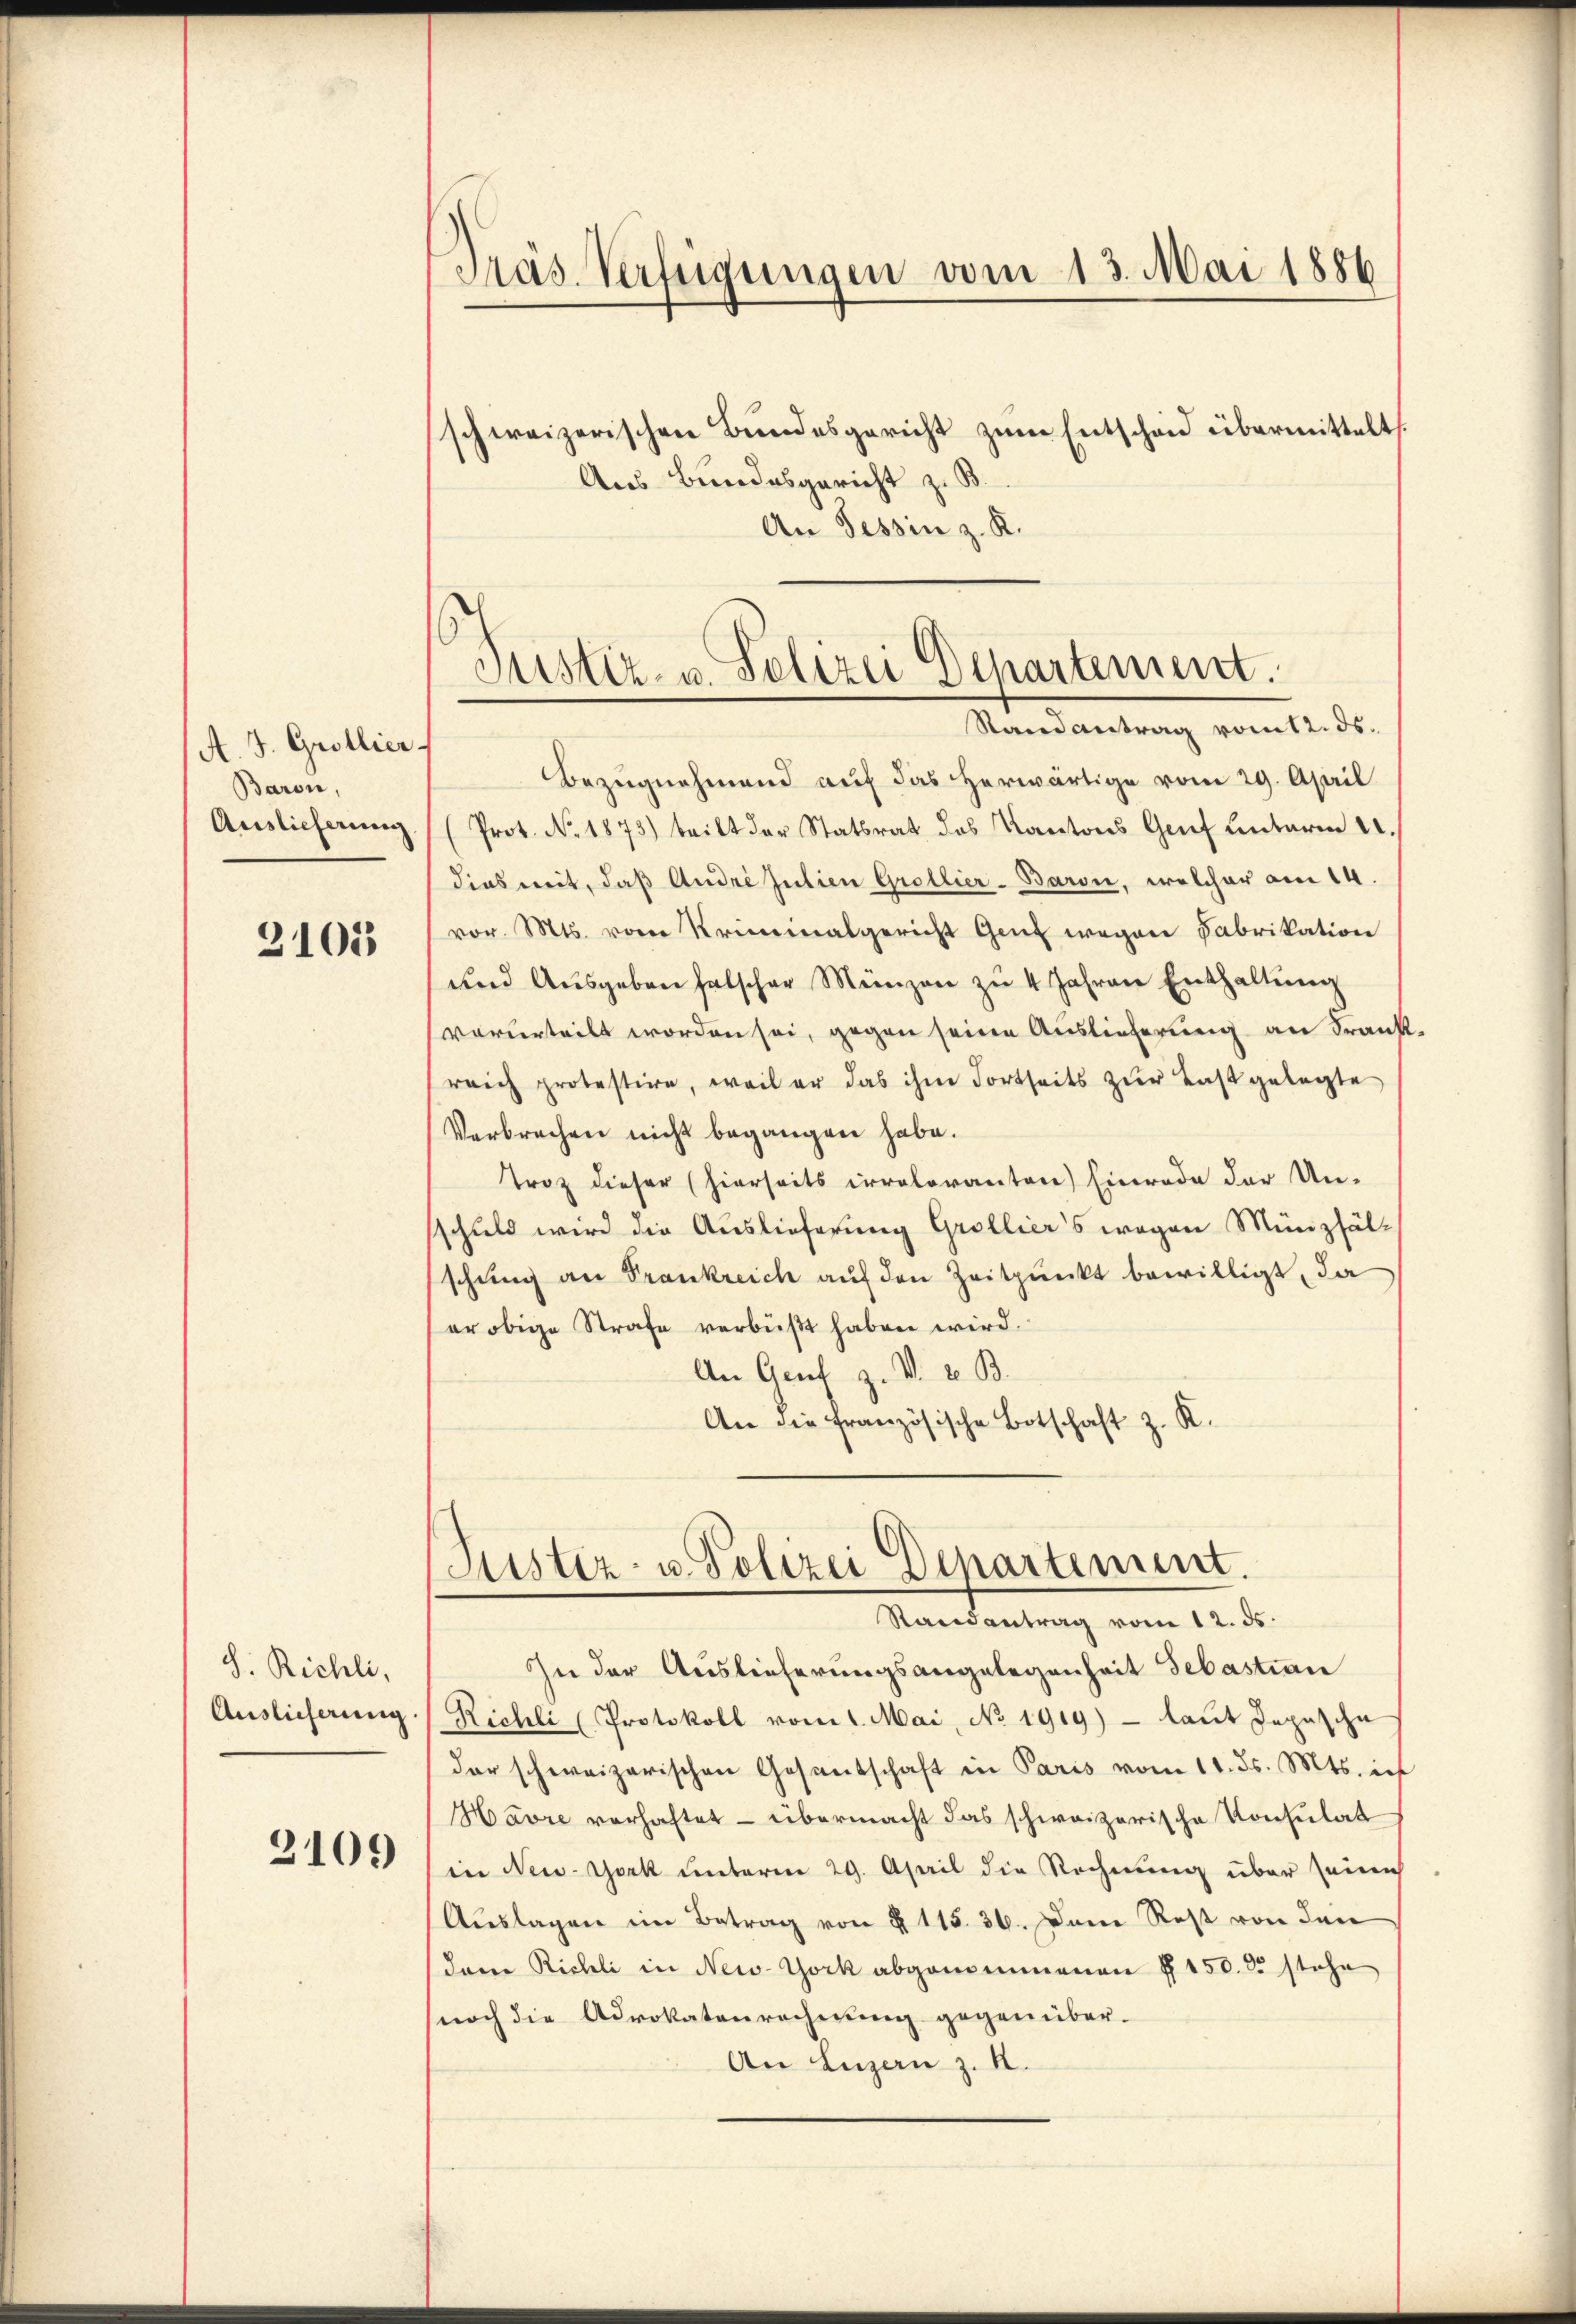
A. J. Grollier
Baron,
Auslieferung

3105

S. Richli,
Auslieferung

2109

Präs. Verfügungen vom 13. Mai 1886

schweizerischen Bundesgericht zum Entscheid übermittelt
Aus Bundesgericht z. B.
An Tessin z. K.

Justiz- u. Polizei Departement.
Randantrag vom 12. ds.

Bezugnahmend auf das herwärtige vom 29. April
Prot. No. 1873) teilt der Statsrat des Kantons Genf unterm 11.
dies weit, daß Andre Julien Grollier-Baron, welcher am 14.
vor. Mts. von Kriminalgericht Genf wegen Fabrikation
und Ausgeben falscher Münzen zu 4 Jahren Enthaltung
vorurteilt worden sei, gegen seine Auslieferung an Frankreich protestire, weil er das ihm dortseits zŭr Last gelegte
Verbrechen nicht begangen habe.
Troz dieser (hierseits irrelovanten) Einrade der Un-
sschuld wird die Auslieferung Grollier's wegen Münzfälschung an Frankreich auf den Zeitpunkt bewilligt, da
er obige Strafe verbüßt haben wird.
An Genf z. V. v. B.
An die französische Botschaft z. K.

Justiz- u. Polizei Departement.
Randantrag vom 12. ds.

In der Auslieferungsangelegenheit Sebastian
Richli (Protokoll vom 1. Mai, No 1919) - laut Depesche
der schweizerischen Gesandschaft in Paris vom 11. ds. Mts. ich
Havre vorhaftet — übermacht das schweizerische Konsulat
in New-York unterm 29. April die Rechnung über seinen
Auslagen im Betrag von § 115. 36. Dann Rest von den
(dem Richli in New-York abgenommenen § 150. 25 stehe
noch die Advokatenrechnung gegenüber-
An Luzern z. B.